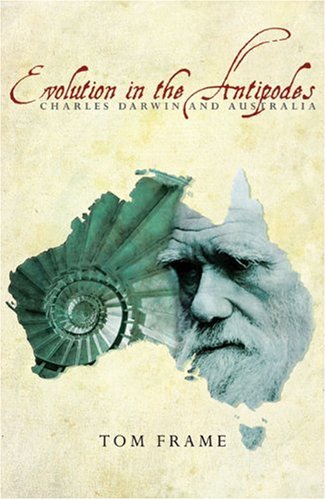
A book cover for Evolution in the Antipodes: Charles Darwin and Australia; Tom Frame; History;